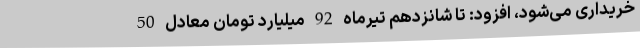
خریداری می‌شود، افزود: تا شانزدهم تیرماه 92 میلیارد تومان معادل 50